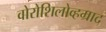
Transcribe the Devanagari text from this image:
वोरोशिलोव्हग्राद